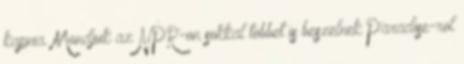
kapnia. Mondjuk az NPR-on sokkal tobbet is beszelnek Paradise-rol